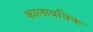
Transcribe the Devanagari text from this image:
कालावधिक